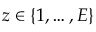
z \in \left\{ 1 , \ldots , E \right\}